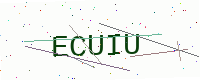
Text: ECUIU